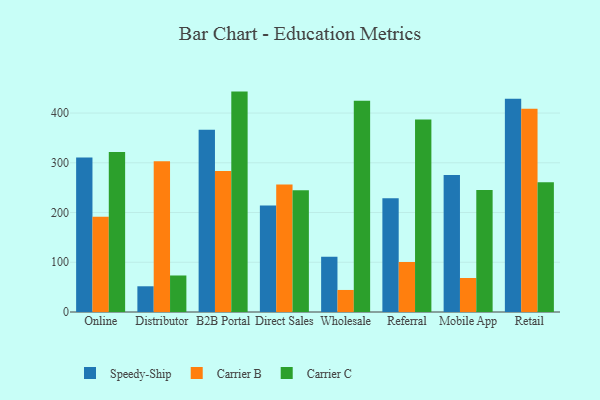
{"axis": {"x": "Channel", "y": "Net Income (USD K)"}, "legend": ["Carrier B", "Carrier C", "Speedy-Ship"], "data": [{"x": "Online", "y": 310.4, "type": "Speedy-Ship"}, {"x": "Online", "y": 191.4, "type": "Carrier B"}, {"x": "Online", "y": 321.9, "type": "Carrier C"}, {"x": "Distributor", "y": 51.7, "type": "Speedy-Ship"}, {"x": "Distributor", "y": 303.1, "type": "Carrier B"}, {"x": "Distributor", "y": 73.4, "type": "Carrier C"}, {"x": "B2B Portal", "y": 366.4, "type": "Speedy-Ship"}, {"x": "B2B Portal", "y": 283.5, "type": "Carrier B"}, {"x": "B2B Portal", "y": 443.1, "type": "Carrier C"}, {"x": "Direct Sales", "y": 214.3, "type": "Speedy-Ship"}, {"x": "Direct Sales", "y": 256.2, "type": "Carrier B"}, {"x": "Direct Sales", "y": 244.9, "type": "Carrier C"}, {"x": "Wholesale", "y": 111.3, "type": "Speedy-Ship"}, {"x": "Wholesale", "y": 44.3, "type": "Carrier B"}, {"x": "Wholesale", "y": 424.5, "type": "Carrier C"}, {"x": "Referral", "y": 228.7, "type": "Speedy-Ship"}, {"x": "Referral", "y": 100.5, "type": "Carrier B"}, {"x": "Referral", "y": 387.1, "type": "Carrier C"}, {"x": "Mobile App", "y": 275.2, "type": "Speedy-Ship"}, {"x": "Mobile App", "y": 68.4, "type": "Carrier B"}, {"x": "Mobile App", "y": 245.5, "type": "Carrier C"}, {"x": "Retail", "y": 428.7, "type": "Speedy-Ship"}, {"x": "Retail", "y": 408.6, "type": "Carrier B"}, {"x": "Retail", "y": 261.0, "type": "Carrier C"}]}